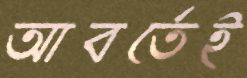
আবর্তেই